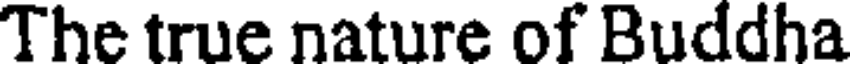
The true nature of Buddha